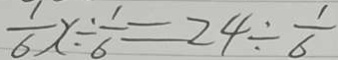
\frac { 1 } { 6 } x \div \frac { 1 } { 6 } = 2 4 \div \frac { 1 } { 6 }